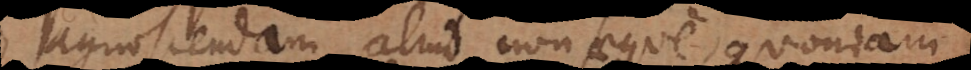
agnoscendam, aliud non aeque, quoniam